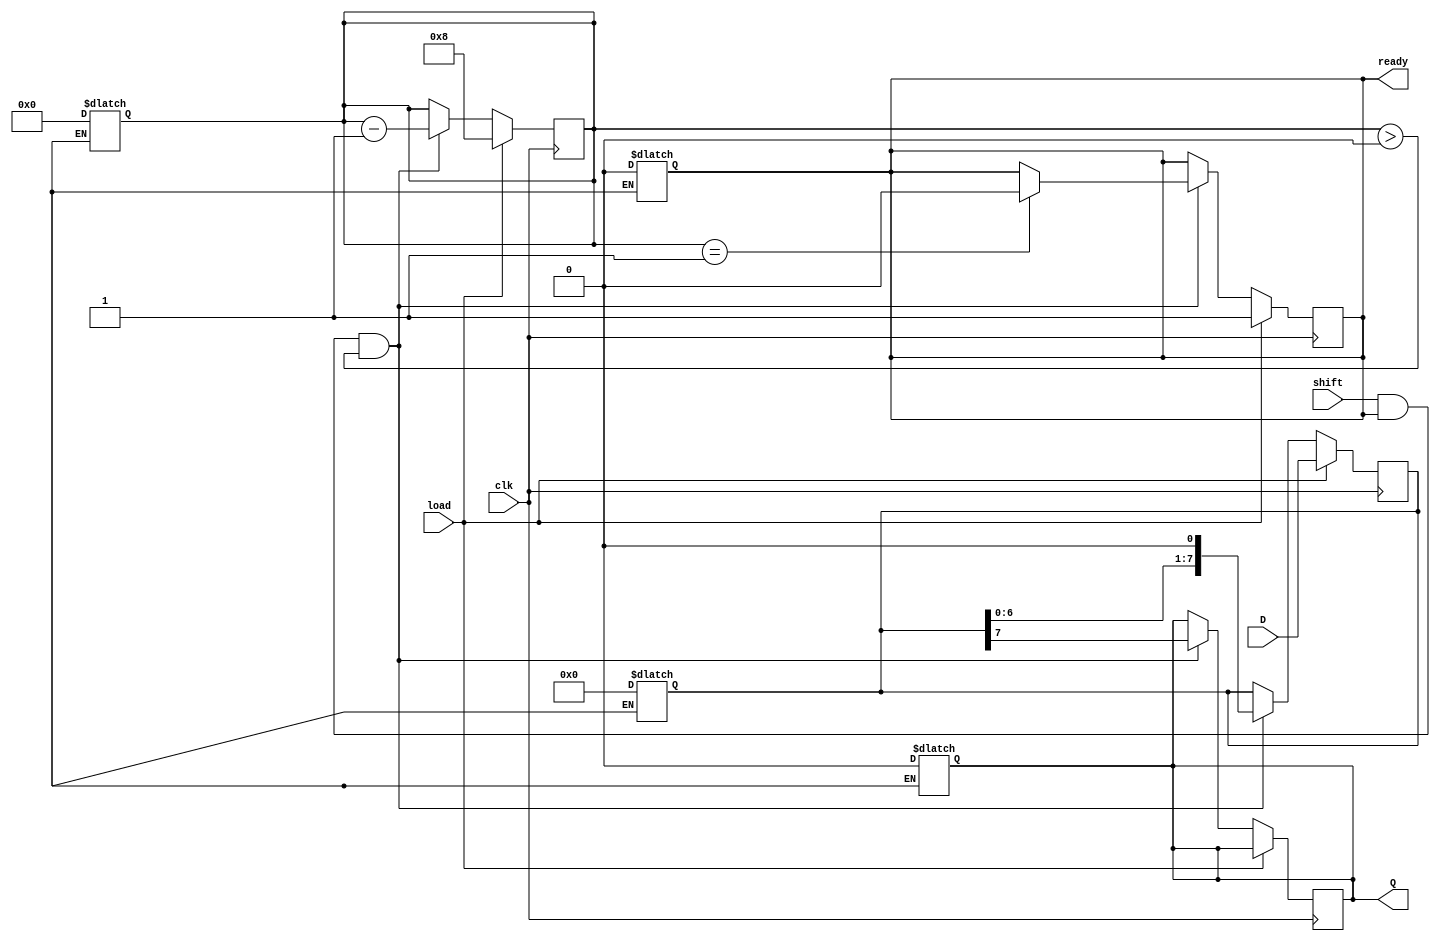
module PISO_Register #(
    parameter n = 8  // Parameter for the number of bits in the register
)(
    input wire clk,           // Clock signal
    input wire load,          // Load control signal
    input wire shift,         // Shift control signal
    input wire [n-1:0] D,     // Parallel data input
    output reg Q,             // Serial data output
    output reg ready          // Data ready output
);

    reg [n-1:0] shift_reg;    // Shift register to hold the data
    reg [3:0] bit_count;       // Counter to track number of bits shifted out

    always @(posedge clk) begin
        if (load) begin
            // Load data into the shift register
            shift_reg <= D;
            bit_count <= n;    // Initialize bit count to the number of bits
            ready <= 1;        // Data is ready to be shifted out
        end
        else if (shift && ready && bit_count > 0) begin
            // Shift data out if shift is asserted and there are bits left to shift
            Q <= shift_reg[n-1];    // Output the MSB to Q
            shift_reg <= {shift_reg[n-2:0], 1'b0};  // Shift left
            bit_count <= bit_count - 1; // Decrement the bit counter

            if (bit_count == 1) begin
                ready <= 0;         // Set ready to low after last bit
            end
        end
    end

    // Optional: Asynchronous reset functionality
    always @* begin
        if (!reset) begin
            shift_reg <= 0;     // Clear shift register
            Q <= 0;             // Clear output
            bit_count <= 0;     // Reset bit counter
            ready <= 0;         // Reset ready signal
        end
    end

endmodule